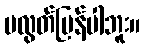
မလွတ်ပြန်ပါဘူး။